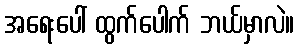
အရေးပေါ် ထွက်ပေါက် ဘယ်မှာလဲ။